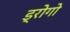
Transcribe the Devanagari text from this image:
ड्रोगो